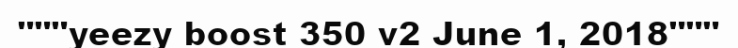
"""yeezy boost 350 v2 June 1, 2018"""